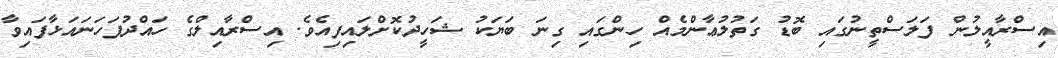
އިސްރާއީލުން ފަލަސްތީނުގައި ބޮޑު ގަތުލުޢާންމެއް ހިންގައި ގިނަ ބަޔަކު ޝަހީދުކޮށްލައިފިއެވެ. އިސްރާއިލްގެ ހައްދުފަހަނައަޅާފައިވާ